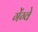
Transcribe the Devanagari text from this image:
गेंग्वे